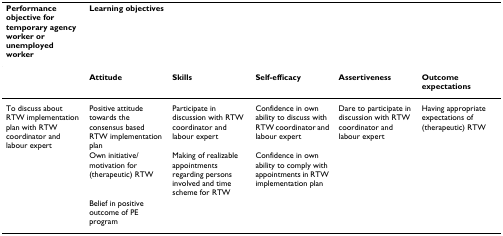
<table><thead><tr><td><b>Performance objective for temporary agency worker or unemployed worker</b></td><td colspan="5"><b>Learning objectives</b></td></tr></thead><tbody><tr><td></td><td><b>Attitude</b></td><td><b>Skills</b></td><td><b>Self-efficacy</b></td><td><b>Assertiveness</b></td><td><b>Outcome expectations</b></td></tr><tr><td>To discuss about RTW implementation plan with RTW coordinator and labour expert</td><td>Positive attitude towards the consensus based RTW implementation plan</td><td>Participate in discussion with RTW coordinator and labour expert</td><td>Confidence in own ability to discuss with RTW coordinator and labour expert</td><td>Dare to participate in discussion with RTW coordinator and labour expert</td><td>Having appropriate expectations of (therapeutic) RTW</td></tr><tr><td></td><td>Own initiative/motivation for (therapeutic) RTW</td><td>Making of realizable appointments regarding persons involved and time scheme for RTW</td><td>Confidence in own ability to comply with appointments in RTW implementation plan</td><td></td><td></td></tr><tr><td></td><td>Belief in positive outcome of PE program</td><td></td><td></td><td></td><td></td></tr></tbody></table>